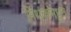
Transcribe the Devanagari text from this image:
मिथकांमधुन